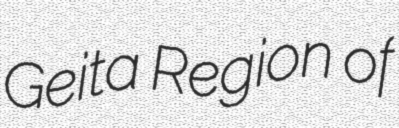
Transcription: Geita Region of